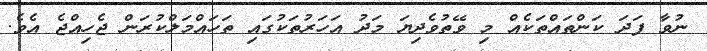
ނުވާ ފަދަ ކަންތައްތަކެއް މި ވޭތުވެދިޔަ މަދު އަހަރުތަކުގައި ތަހައްމަލްކުރަން ޖެހިއްޖެ އެވެ.